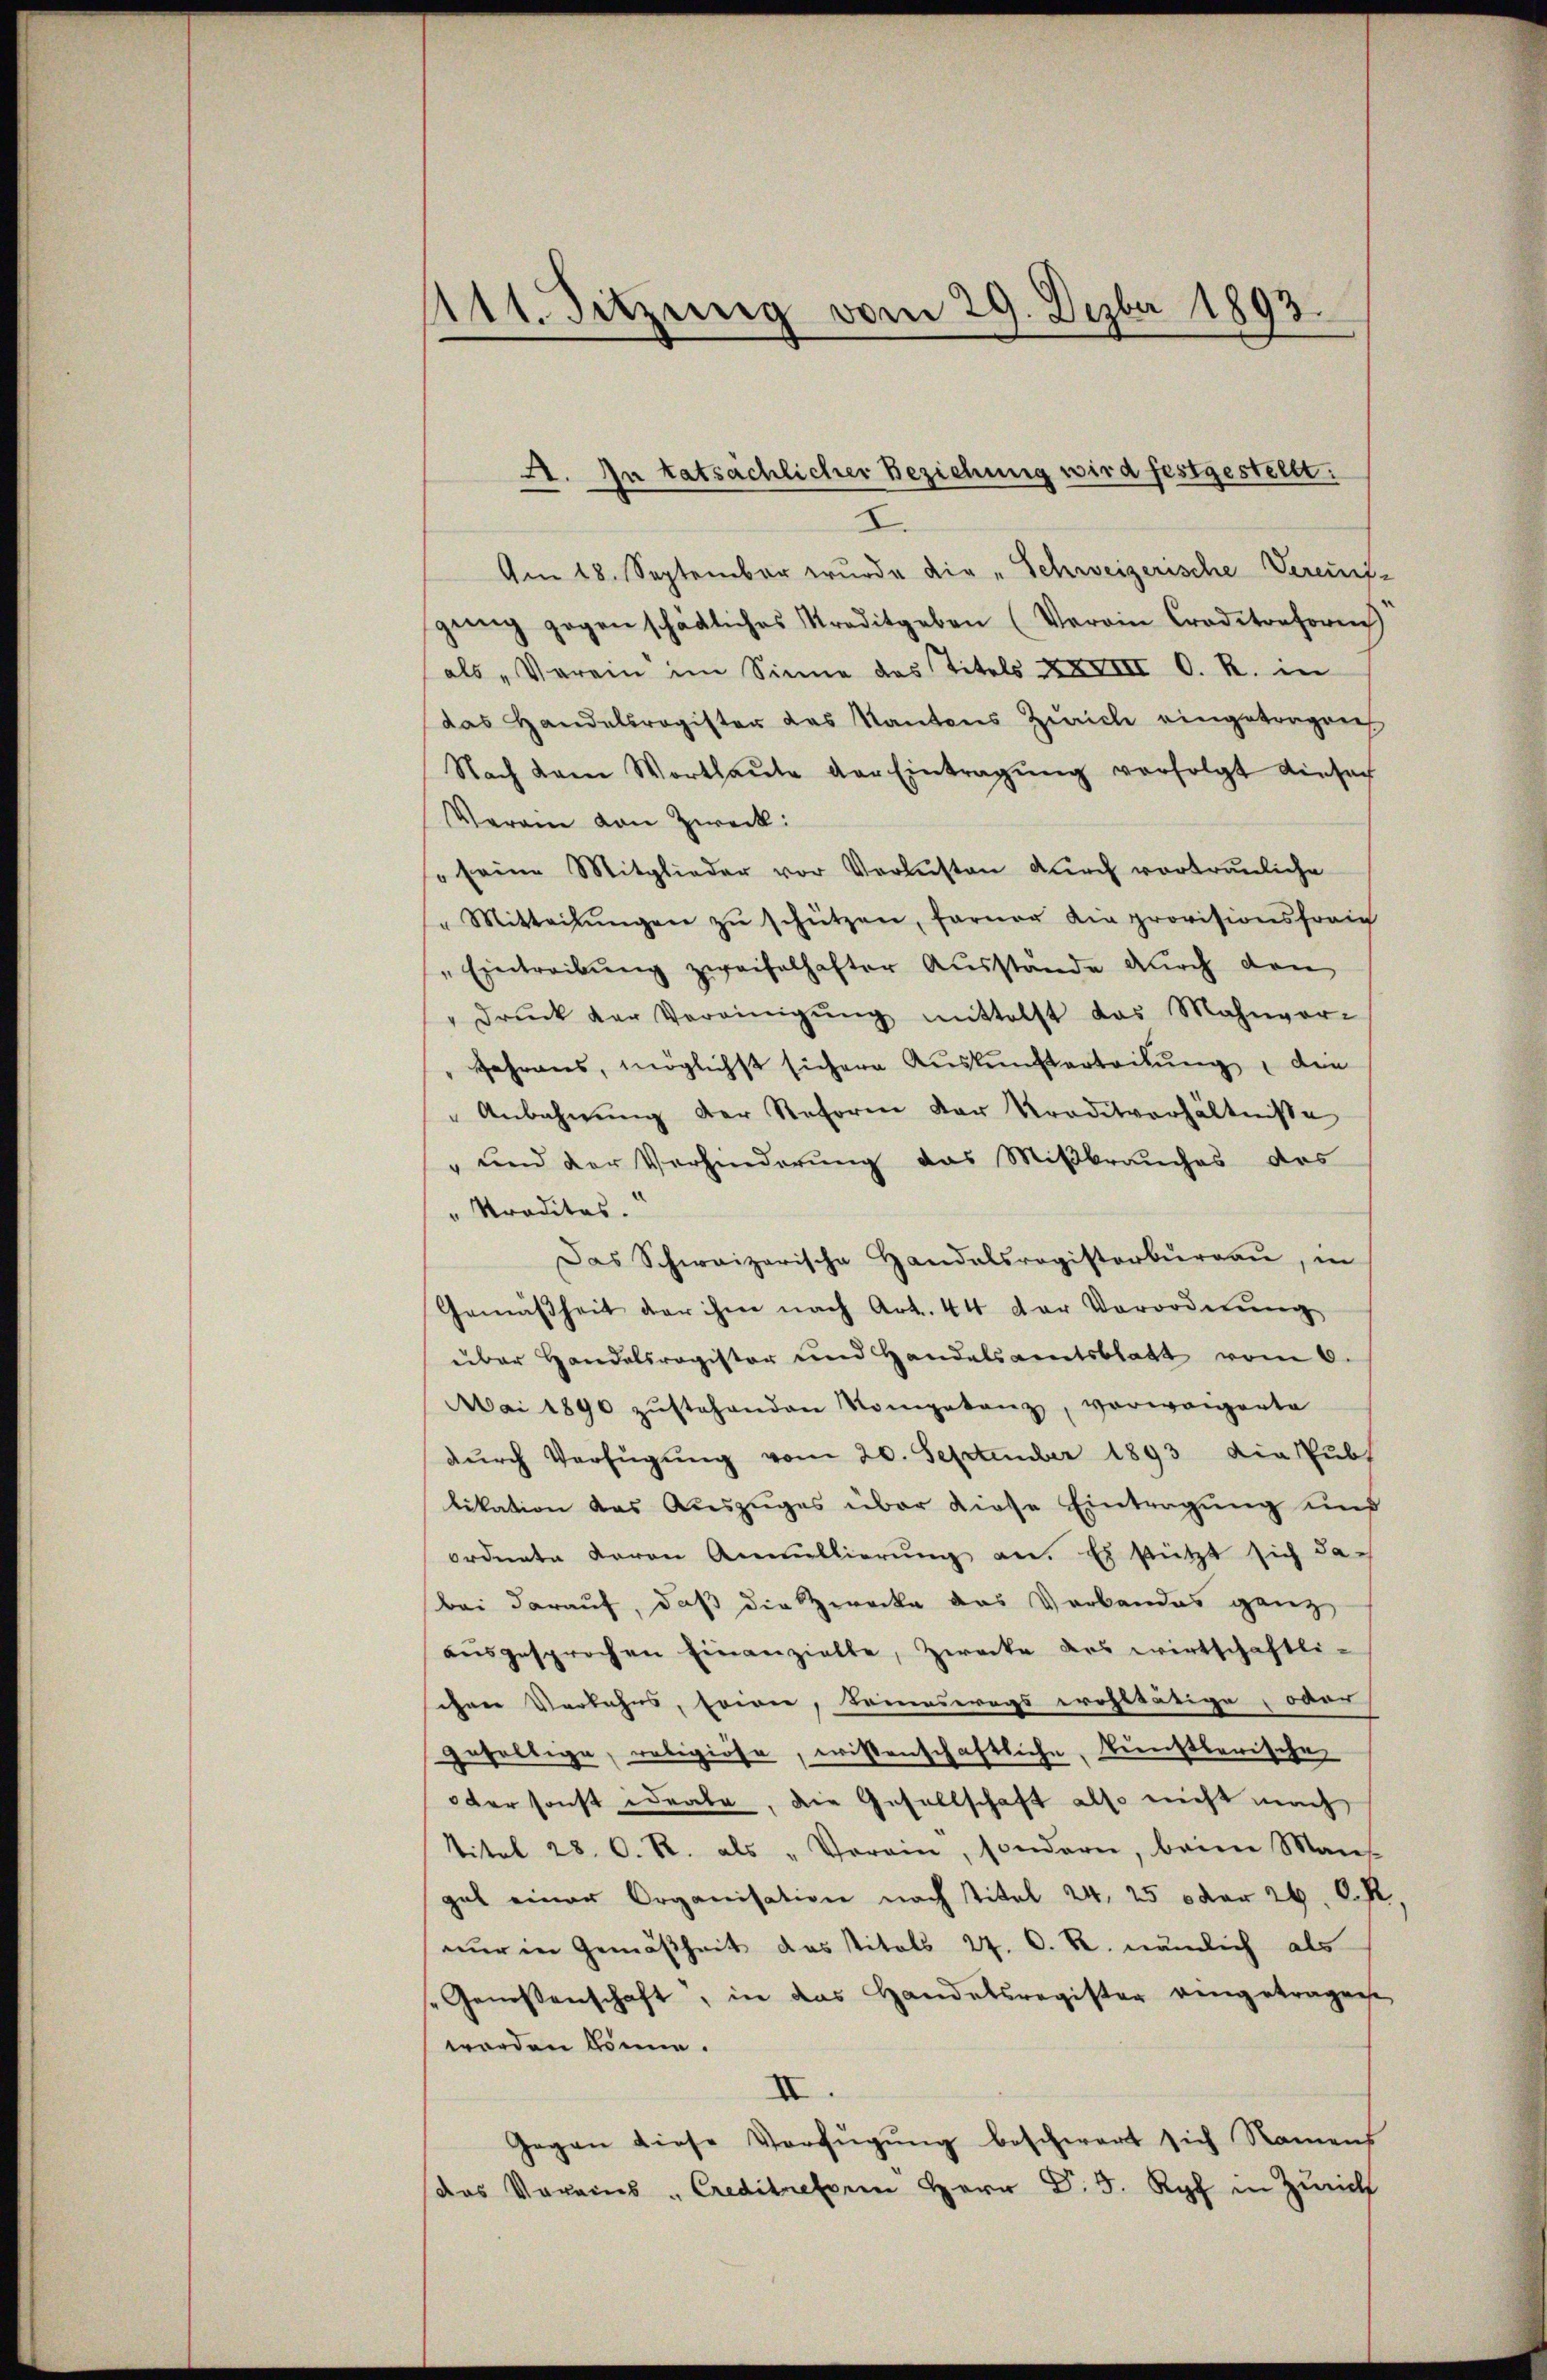
111. Sitzung vom 29. Dezbr 1893.

I.
Am 18. September wurde die „Schweizerische Verein-
gŭng gegen schädliches Kreditgeben (Verein Crodetonhorenz
als „Verein im Sinne das Titels XXII O. R. in
das Handelsregister das Kantons Zürich eingetragen
Nach kam Wortlaŭte der Eintragŭng verfolgt einsach
Verein von Zweck:
" seine Mitglieder vor Verlusten durch vortrauliche
" Mitteilŭngen zŭ schützen, ferner die provisionsfreich
"Eintreibŭng zweifelhafter Ausstände durch den
" Drŭck der Vereinigŭng mittelst das Mahnvor-
Jahrens, möglichst sichere Aŭskŭnfterteilŭng, den
Anbahnŭng der Reform der Kreditverhältniße
" und der Verhinderung das Mißbrauches des
" Traditas.
Das Schweizerische Handelsregisterburgau, in
Gemäßheit der ihm nach Art. 44 der Verordnŭng
über Handelsregister und Handelsamtsblatt vom 6.
Mai 1890 zŭstehenden Kompetenz, vorweigerte
dŭrch Verfügung vom 20. September 1893 die Publ
likation das Auszuges über diese Eintragung und
ordnete daran Anmellierung an. Es stützt sich dac
bei darauf, daß die Zwecke das Verbandes ganz
ausgesprochen Einanzielte, Zwecke des wirtschaftli-
ihrer Verbahns, sowie, Toneswegs wohltätige, oder
gefaltige, religiöse, wissenschaftliche, kunstlerische
oder sonst ideale, die Gesellschaft also nicht mach
titel 28. O. R. als „Vorein, sondern, beim Mans-
gat einer Organisation nach Titel 24, 25 oder 26. OR.
nur in Gemäßheit das Vitals 27. O. R. nämlich als
"Genessenschaft, in das Handelsregister eingetragen
worden könne.
III
Gegen diese Verfügung beschwert sich Namens
das Vereins " Creditesem Herr Dr. J. Ryf in Zürich

A. In tatsächlicher Beziehung wird festgestellt.